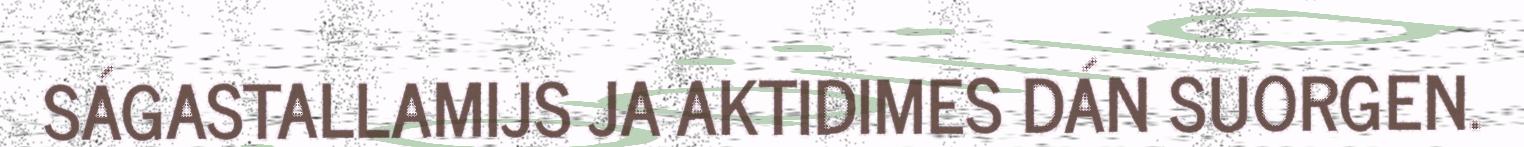
SÁGASTALLAMIJS JA AKTIDIMES DÁN SUORGEN.